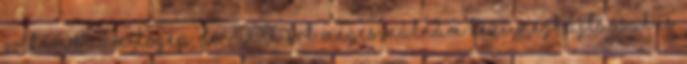
voltam számítógép, de 2000 -ért megcsinálnám kézi meghajtással is